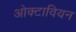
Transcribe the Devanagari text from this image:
ओक्टावियन